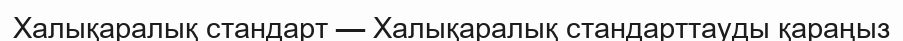
Халықаралық стандарт — Халықаралық стандарттауды қараңыз